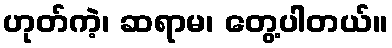
ဟုတ်ကဲ့၊ ဆရာမ၊ တွေ့ပါတယ်။